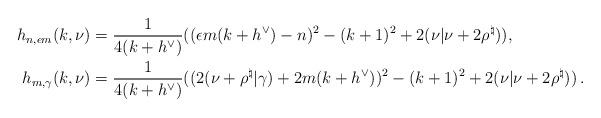
LaTeX: \begin{align*} h_{n, \epsilon m} (k,\nu) &= \frac{1}{4(k+h^\vee)} (( \epsilon m (k+h^\vee)-n)^2 - (k+1)^2 + 2(\nu |\nu +2\rho^{\natural})),\, \\ h_{m,\gamma }(k,\nu) &= \frac{1}{4(k+h^\vee)} ((2(\nu + \rho^{\natural}|\gamma)+2m(k+h^\vee))^2 -(k+1)^2 + 2(\nu |\nu +2 \rho^{\natural}) ) \, . \end{align*}